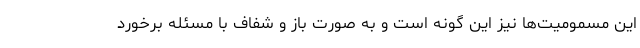
این مسمومیت‌ها نیز این گونه است و به صورت باز و شفاف با مسئله برخورد